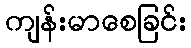
ကျန်းမာစေခြင်း